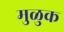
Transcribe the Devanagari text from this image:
मुळुक